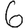
Digit: 6